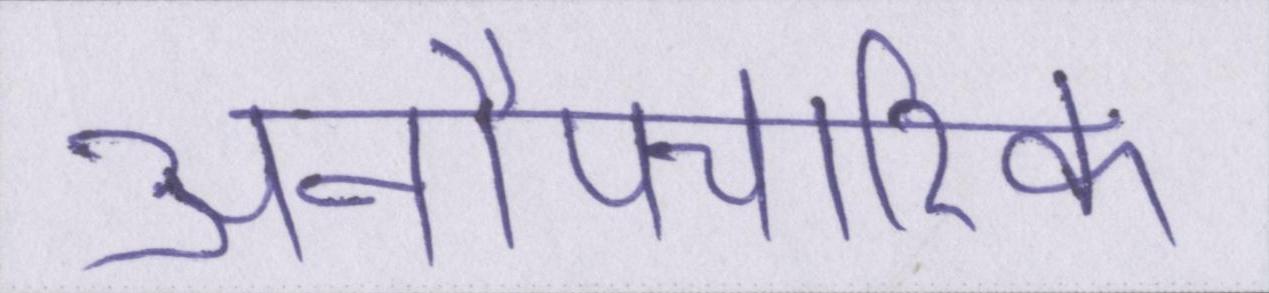
अनौपचारिक